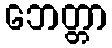
ဘေတ္တာ